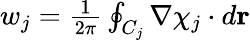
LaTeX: \begin{array}{r}{w_{j}={\frac{1}{2\pi}}\oint_{C_{j}}\nabla\chi_{j}\cdot d{\mathbf r}}\end{array}